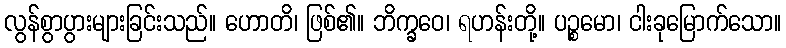
လွန်စွာပွားများခြင်းသည်။ ဟောတိ၊ ဖြစ်၏။ ဘိက္ခဝေ၊ ရဟန်းတို့။ ပဉ္စမော၊ ငါးခုမြောက်သော။